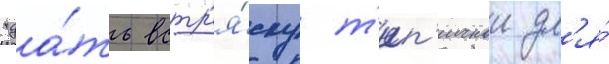
"да́ть встр'я́ску т'ип'ичнои дл'я́